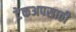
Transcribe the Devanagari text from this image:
टेकअपसाठी